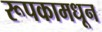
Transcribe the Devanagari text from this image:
रूपकामधून